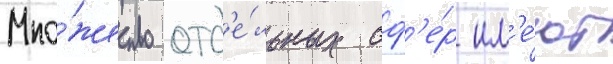
Мно́жество отд'е́льных сф'е́р им'е́ют